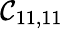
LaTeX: \mathcal{C}_{11,11}